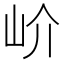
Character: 𡵚